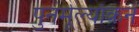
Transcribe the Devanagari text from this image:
पुनर्मूल्याँकन